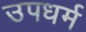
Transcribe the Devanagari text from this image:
उपधर्म